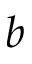
b